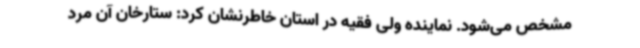
مشخص می‌شود. نماینده ولی فقیه در استان خاطرنشان کرد: ستارخان آن مرد